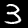
Label: 3